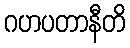
ဂဟပတာနီတိ